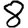
Digit: 8